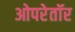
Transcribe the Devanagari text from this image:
ओपरेतॉर